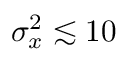
\sigma _ { x } ^ { 2 } \lesssim 1 0